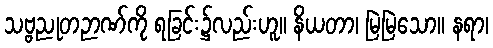
သဗ္ဗညုတဉာဏ်ကို ရခြင်း၌လည်းဟူ။ နိယတာ၊ မြဲမြဲသော။ နရာ၊